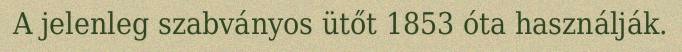
A jelenleg szabványos ütőt 1853 óta használják.